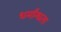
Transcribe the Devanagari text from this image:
धर्मांन्धता